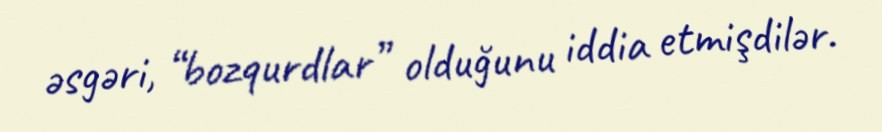
əsgəri, “bozqurdlar” olduğunu iddia etmişdilər.